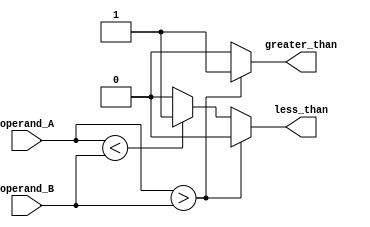
module magnitude_comparator (
    input signed [7:0] operand_A,
    input signed [7:0] operand_B,
    output reg greater_than,
    output reg less_than
);

reg equal;

always @* begin
    if (operand_A > operand_B) begin
        greater_than = 1;
        less_than = 0;
        equal = 0;
    end else if (operand_A < operand_B) begin
        greater_than = 0;
        less_than = 1;
        equal = 0;
    end else begin
        greater_than = 0;
        less_than = 0;
        equal = 1;
    end
end

endmodule